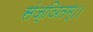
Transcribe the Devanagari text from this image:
संज्ञितम्।।